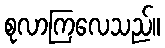
စုလာကြလေသည်။